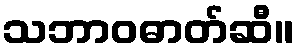
သဘာဝဓာတ်ဆီ။